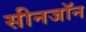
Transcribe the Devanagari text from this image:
सीनजॉन